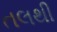
તલથી